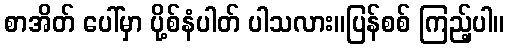
စာအိတ် ပေါ်မှာ ပို့စ်နံပါတ် ပါသလား။ပြန်စစ် ကြည့်ပါ။